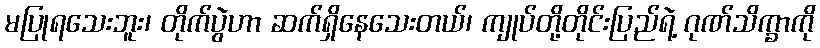
မပြုရသေးဘူး၊ တိုက်ပွဲဟာ ဆက်ရှိနေသေးတယ်၊ ကျုပ်တို့တိုင်းပြည်ရဲ့ ဂုဏ်သိက္ခာကို